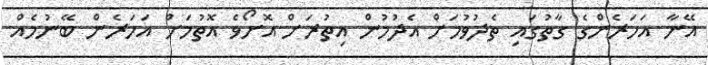
އޭނާ އަހަރެންގެ ގާތުގައި ތެދުވުމަށް އެދުމުން އިތުރަށް އޮށޯވެ އޮތުމަށް އަހަރެން ބޭނުމެއް